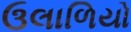
ઉલાળિયો